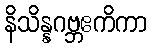
နိသိန္နဂဗ္ဘဧကိကာ